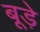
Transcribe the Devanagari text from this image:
बूड़े